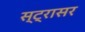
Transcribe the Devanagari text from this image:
स्ट्रासर